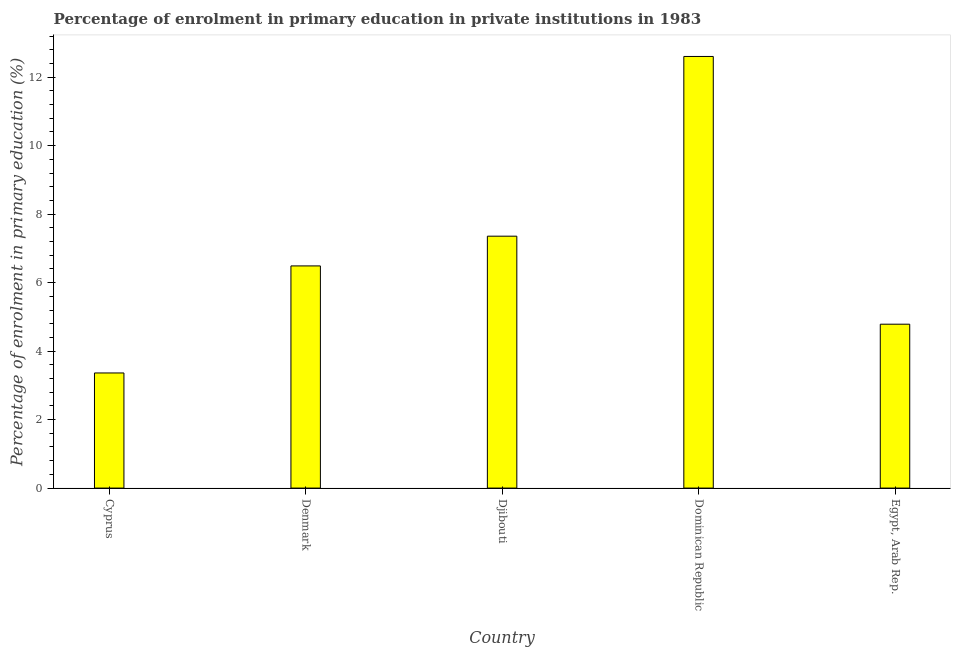
| Country | Enrolment  |
 | --- | --- |
 | Cyprus | 3.36 |
 | Denmark | 6.49 |
 | Djibouti | 7.36 |
 | Dominican Republic | 12.6 |
 | Egypt, Arab Rep. | 4.79 |